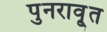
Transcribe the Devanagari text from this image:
पुनरावृ्त